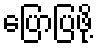
ပြောပြဖို့